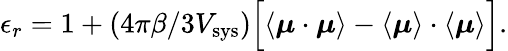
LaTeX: \epsilon_{r}=1+(4\pi\beta/3V_{\mathrm{sys}})\Bigl[\left<\boldsymbol{\mu}\cdot\boldsymbol{\mu}\right>-\left<\boldsymbol{\mu}\right>\cdot\left<\boldsymbol{\mu}\right>\Bigr].